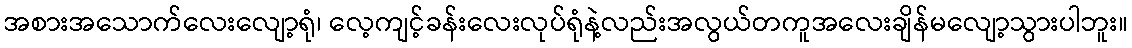
အစားအသောက်လေးလျော့ရုံ၊ လေ့ကျင့်ခန်းလေးလုပ်ရုံနဲ့လည်းအလွယ်တကူအလေးချိန်မလျော့သွားပါဘူး။